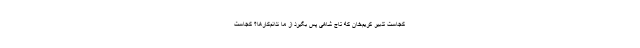
کجاست تدبیر کریم‌خان که تاج شاهی پس بگیرد از ما ندانم‌کارها؟ کجاست